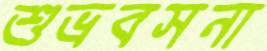
শুভ্রবসনা